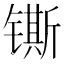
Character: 𰾴